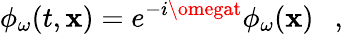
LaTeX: \phi_{\omega}(t,\mathbf{x})=e^{-i\omegat}\phi_{\omega}(\mathbf{x})~~~,